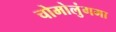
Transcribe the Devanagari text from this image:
चोमोलुंगमा